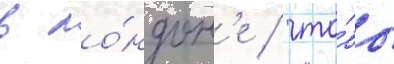
в ло́ндон'е / что́бы